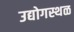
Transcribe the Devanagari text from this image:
उद्योगस्थळ